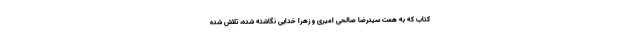
کتاب که به همت سیدرضا صالحی امیری و زهرا خدایی نگاشته شده، تلاش شده